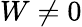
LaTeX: W\ne 0